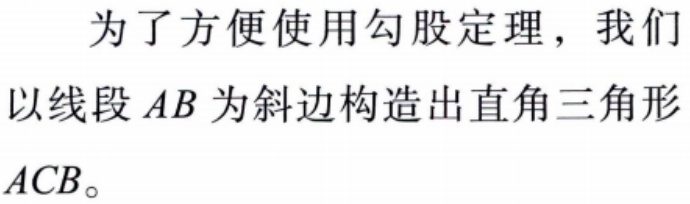
为了方便使用勾股定理，我们以线段 \(AB\) 为斜边构造出直角三角形 \(ACB\)。